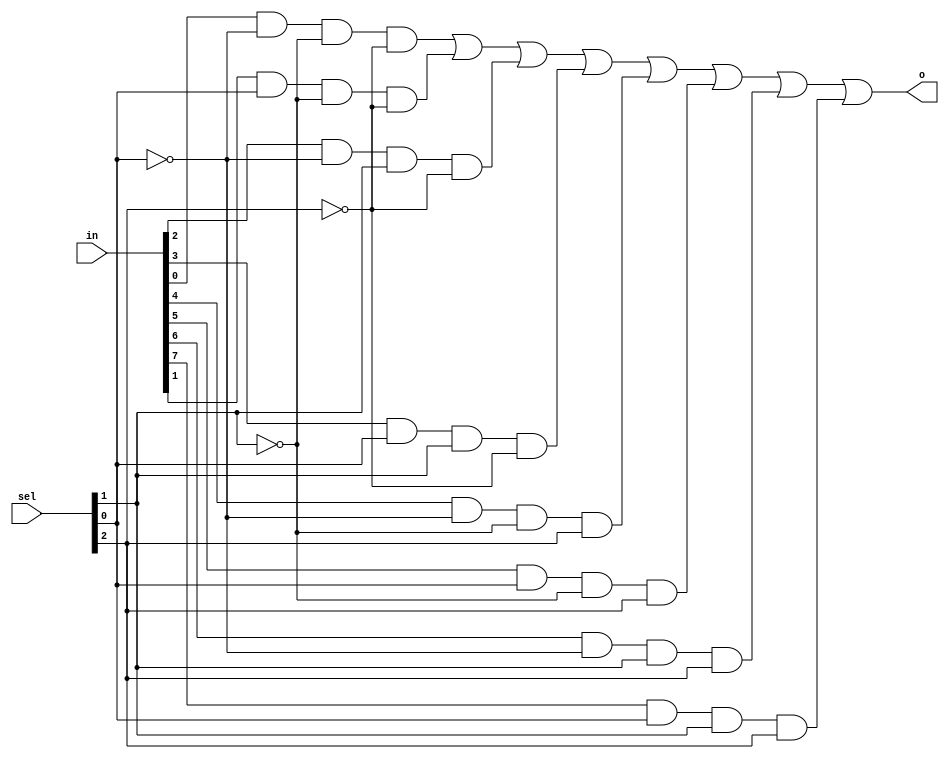
`timescale 1ns / 1ps
//////////////////////////////////////////////////////////////////////////////////
// Company: 
// Engineer: 
// 
// Design Name: 
// Module Name: m8_1
// Project Name: 
// Target Devices: 
// Tool Versions: 
// Description: 
// 
// Dependencies: 
// 
// Revision:
// Revision 0.01 - File Created
// Additional Comments:
// 
//////////////////////////////////////////////////////////////////////////////////


module m8_1(
input [7:0] in,
    input [2:0] sel,
    output o
    
    );
    assign o = (in[0] & ~sel[0] & ~sel[1] & ~sel[2]) | (in[1] & sel[0] & ~sel[1] & ~sel[2]) | (in[2] & ~sel[0] & sel[1] & ~sel[2]) | (in[3] & sel[0] & sel[1] & ~sel[2]) | (in[4] & ~sel[0] & ~sel[1] & sel[2]) | (in[5] & sel[0] & ~sel[1] & sel[2]) | (in[6] & ~sel[0] & sel[1] & sel[2]) | (in[7] & sel[0] & sel[1] & sel[2]);
endmodule